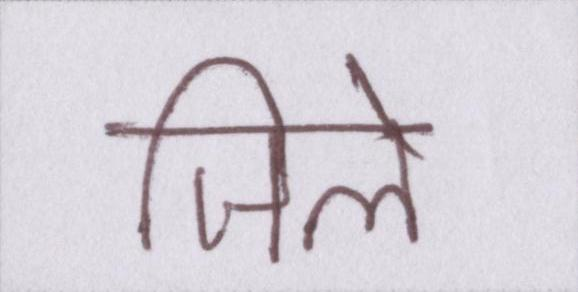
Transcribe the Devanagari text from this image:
जिले